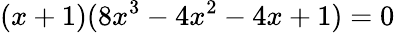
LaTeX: (x+1)(8x^{3}-4x^{2}-4x+1)=0